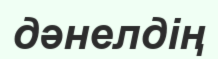
дәнелдің